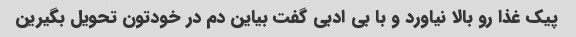
پیک غذا رو بالا نیاورد و با بی ادبی گفت بیاین دم در خودتون تحویل بگیرین